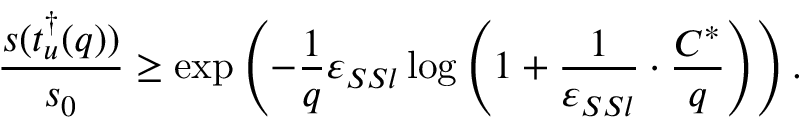
\frac { s ( t _ { u } ^ { \dagger } ( q ) ) } { s _ { 0 } } \geq \exp \left( - \frac { 1 } { q } \varepsilon _ { S S l } \log \left( 1 + \frac { 1 } { \varepsilon _ { S S l } } \cdot \frac { C ^ { * } } { q } \right) \right) .